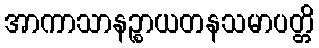
အာကာသာနဉ္စာယတနသမာပတ္တိ